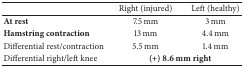
<table><thead><tr><td><b> </b></td><td><b>Right (injured)</b></td><td><b>Left (healthy)</b></td></tr></thead><tbody><tr><td><b>At rest</b></td><td>7.5 mm</td><td>3 mm</td></tr><tr><td><b>Hamstring contraction</b></td><td>13 mm</td><td>4.4 mm</td></tr><tr><td>Differential rest/contraction</td><td>5.5 mm</td><td>1.4 mm</td></tr><tr><td>Differential right/left knee</td><td colspan="2"><b>(+) 8.6 mm right</b></td></tr></tbody></table>